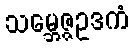
သမ္ဘေဇ္ဇဥဒကံ